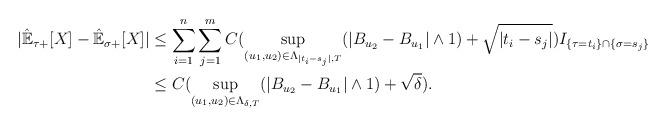
LaTeX: \begin{align*}|\hat{\mathbb{E}}_{\tau+}[X]-\hat{\mathbb{E}}_{\sigma+}[X]|&\leq \sum_{i=1}^{n}\sum_{j=1}^{m}C(\sup_{(u_1,u_2)\in \Lambda_{|t_i-s_j|,T}}(|B_{u_2}-B_{u_1}|\wedge 1)+\sqrt{|t_i-s_j|})I_{\{\tau=t_i\}\cap \{\sigma=s_j\} }\\&\leq C(\sup_{(u_1,u_2)\in \Lambda_{\delta,T}}(|B_{u_2}-B_{u_1}|\wedge 1)+\sqrt{\delta}).\end{align*}